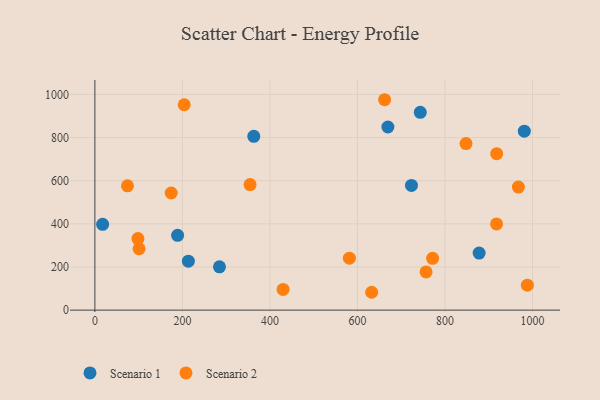
{"axis": {"x": "Study Hours", "y": "Sales"}, "legend": ["Scenario 1", "Scenario 2"], "data": [{"x": "669.5", "y": 849.2, "type": "Scenario 1"}, {"x": "284.7", "y": 200.8, "type": "Scenario 1"}, {"x": "878.0", "y": 264.6, "type": "Scenario 1"}, {"x": "17.7", "y": 398.0, "type": "Scenario 1"}, {"x": "213.6", "y": 226.8, "type": "Scenario 1"}, {"x": "363.1", "y": 806.1, "type": "Scenario 1"}, {"x": "189.0", "y": 347.0, "type": "Scenario 1"}, {"x": "743.5", "y": 917.3, "type": "Scenario 1"}, {"x": "981.2", "y": 829.9, "type": "Scenario 1"}, {"x": "723.4", "y": 578.3, "type": "Scenario 1"}, {"x": "354.6", "y": 582.4, "type": "Scenario 2"}, {"x": "74.5", "y": 576.5, "type": "Scenario 2"}, {"x": "204.1", "y": 952.3, "type": "Scenario 2"}, {"x": "430.0", "y": 95.8, "type": "Scenario 2"}, {"x": "988.2", "y": 115.9, "type": "Scenario 2"}, {"x": "918.1", "y": 725.5, "type": "Scenario 2"}, {"x": "848.0", "y": 772.4, "type": "Scenario 2"}, {"x": "98.4", "y": 331.6, "type": "Scenario 2"}, {"x": "917.8", "y": 399.5, "type": "Scenario 2"}, {"x": "101.0", "y": 284.5, "type": "Scenario 2"}, {"x": "581.5", "y": 240.8, "type": "Scenario 2"}, {"x": "771.7", "y": 240.2, "type": "Scenario 2"}, {"x": "756.7", "y": 177.2, "type": "Scenario 2"}, {"x": "632.4", "y": 82.8, "type": "Scenario 2"}, {"x": "967.6", "y": 570.8, "type": "Scenario 2"}, {"x": "662.0", "y": 975.6, "type": "Scenario 2"}, {"x": "174.4", "y": 543.2, "type": "Scenario 2"}]}